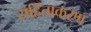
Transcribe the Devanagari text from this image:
सहिंताकरण